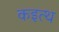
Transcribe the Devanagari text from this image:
कइत्थ